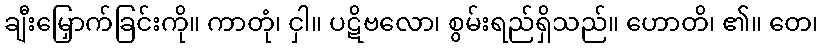
ချီးမြှောက်ခြင်းကို။ ကာတုံ၊ ငှါ။ ပဋိဗလော၊ စွမ်းရည်ရှိသည်။ ဟောတိ၊ ၏။ တေ၊